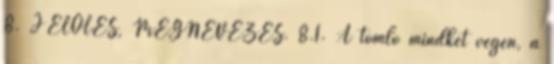
8. JELÖLÉS, MEGNEVEZÉS. 8.1. A tömlõ mindkét végén, a